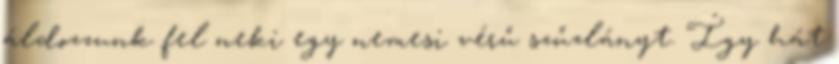
áldozzunk fel neki egy nemesi vérű szűzlányt. Így hát